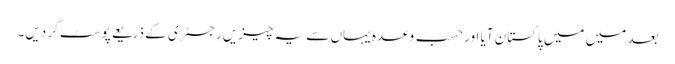
بعد میں میں پاکستان آیا اور حسب وعدہ یہاں سے یہ چیزیں رجسٹری کے ذریعے پوسٹ کر دیں۔